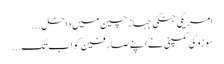
امریکی جنگی جہاز چین میں داخل...
سو زوکی کمپنی نے اپنے صا رفین کو اب تک...